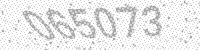
Solution: 065073